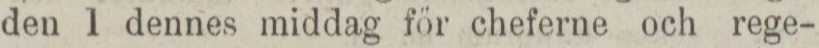
den 1 dennes middag för cheferne och rege-